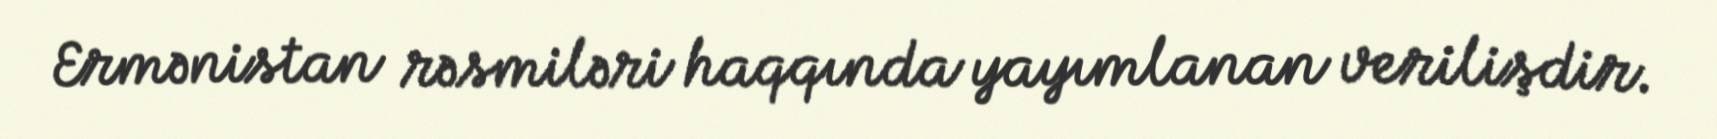
Ermənistan rəsmiləri haqqında yayımlanan verilişdir.